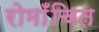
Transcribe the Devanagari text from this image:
रोमाँचित